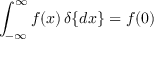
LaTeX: \int _ { - \infty } ^ { \infty } f ( x ) \, \delta \{ d x \} = f ( 0 )